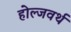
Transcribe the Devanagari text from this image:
होल्जवर्थ